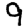
Digit: 9